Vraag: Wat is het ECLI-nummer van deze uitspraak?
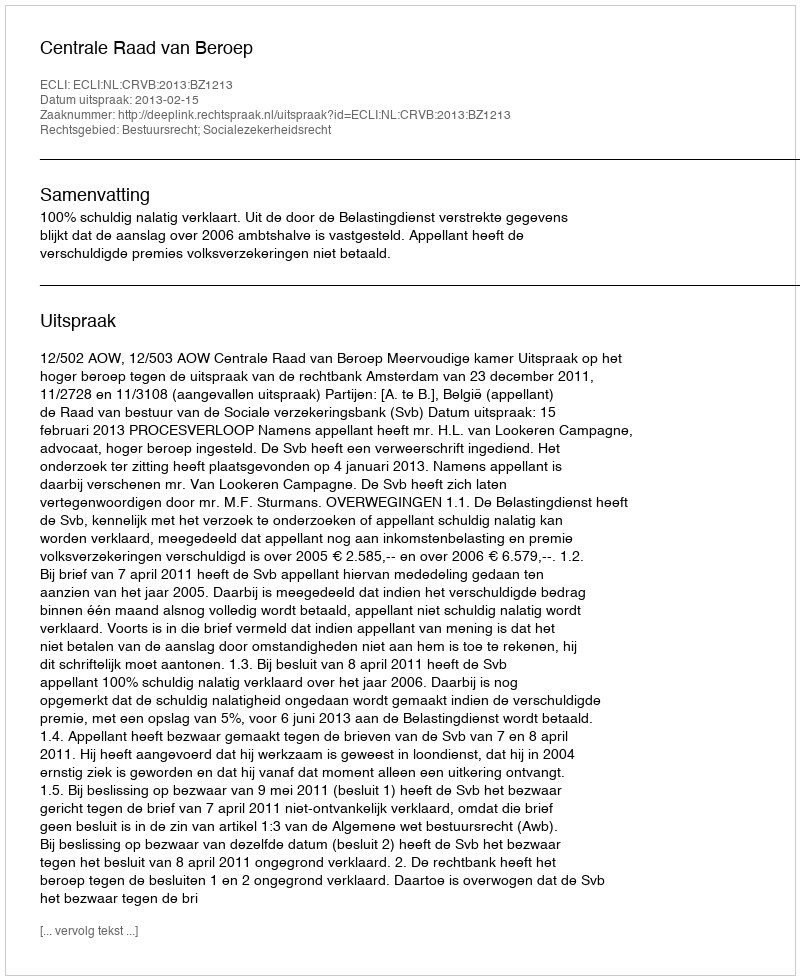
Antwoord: ECLI:NL:CRVB:2013:BZ1213